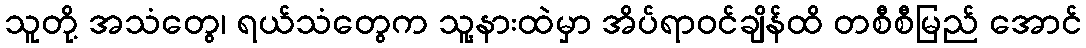
သူတို့ အသံတွေ၊ ရယ်သံတွေက သူ့နားထဲမှာ အိပ်ရာဝင်ချိန်ထိ တစီစီမြည် အောင်